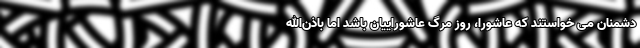
دشمنان می خواستند که عاشورا، روز مرگ عاشوراییان باشد اما باذن‌الله